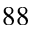
^ { 8 8 }